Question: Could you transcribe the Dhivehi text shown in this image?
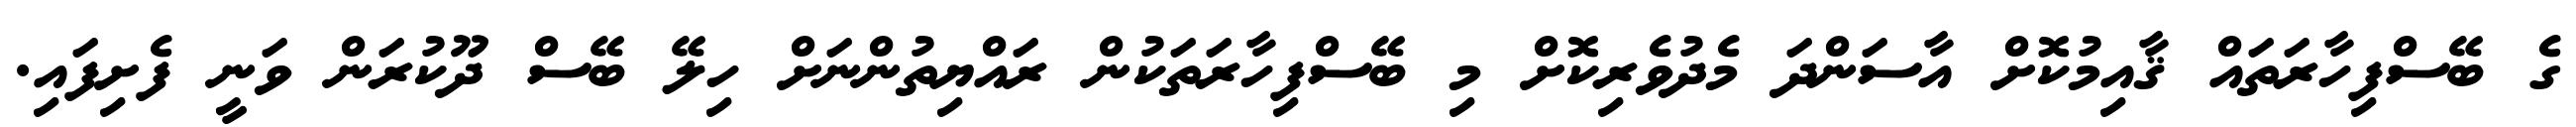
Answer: ގެ ބޭސްފިހާރަތައް ޤާއިމުކޮށް އާސަންދަ މެދުވެރިކޮށް މި ބޭސްފިހާރަތަކުން ރައްޔިތުންނަށް ހިލޭ ބޭސް ދޫކުރަން ވަނީ ފެށިފައި.